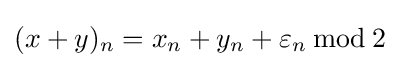
(x+y)_{n}=x_{n}+y_{n}+\varepsilon _{n}\,{\bmod {\,}}2